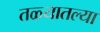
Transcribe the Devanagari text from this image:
तळ्यातल्या